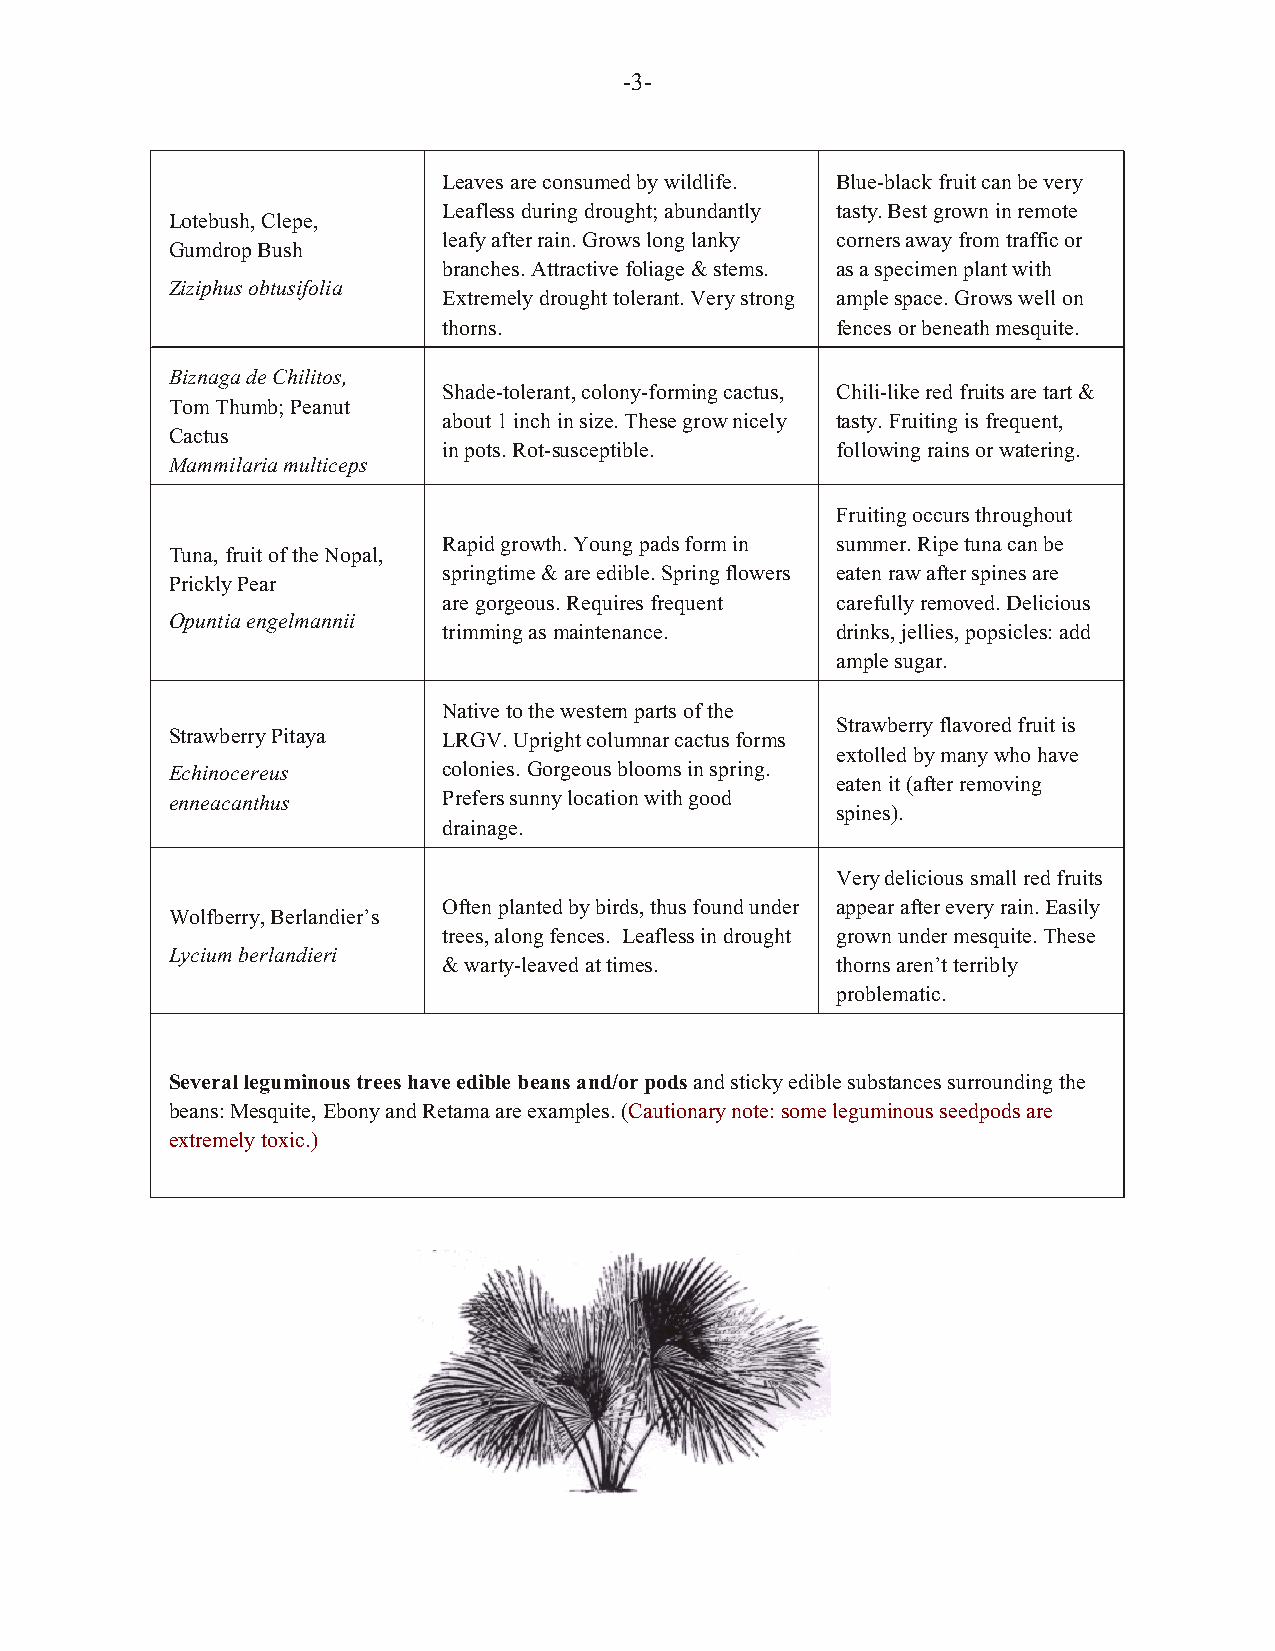
-3-
 Leaves are consumed by wildlife. Blue-black fruit can be very
 Leafless during drought; abundantly tasty. Best grown in remote
 Lotebush, Clepe,
 leafy after rain. Grows long lanky corners away from traffic or
 Gumdrop Bush
 branches. Attractive foliage & stems. as a specimen plant with
 Ziziphus obtusifolia
 Extremely drought tolerant. Very strong ample space. Grows well on
 thorns.                   fences or beneath mesquite.
 Biznaga de Chilitos,
 Shade-tolerant, colony-forming cactus, Chili-like red fruits are tart &
 Tom Thumb; Peanut
 about 1 inch in size. These grow nicely tasty. Fruiting is frequent,
 Cactus
 in pots. Rot-susceptible. following rains or watering.
 Mammilaria multiceps
 Fruiting occurs throughout
 Rapid growth. Young pads form in summer. Ripe tuna can be
 Tuna, fruit of the Nopal,
 springtime & are edible. Spring flowers eaten raw after spines are
 Prickly Pear
 are gorgeous. Requires frequent carefully removed. Delicious
 Opuntia engelmannii
 trimming as maintenance.  drinks, jellies, popsicles: add
 ample sugar.
 Native to the western parts of the
 Strawberry flavored fruit is
 Strawberry Pitaya LRGV. Upright columnar cactus forms
 extolled by many who have
 Echinocereus      colonies. Gorgeous blooms in spring.
 eaten it (after removing
 enneacanthus      Prefers sunny location with good
 spines).
 drainage.
 Very delicious small red fruits
 Often planted by birds, thus found under appear after every rain. Easily
 Wolfberry, Berlandier’s
 trees, along fences. Leafless in drought grown under mesquite. These
 Lycium berlandieri
 & warty-leaved at times.  thorns aren’t terribly
 problematic.
 Several leguminous trees have edible beans and/or pods and sticky edible substances surrounding the
 beans: Mesquite, Ebony and Retama are examples. (Cautionary note: some leguminous seedpods are
 extremely toxic.)